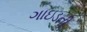
ગાઇડની